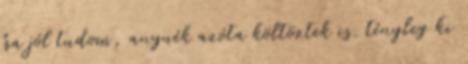
ha jól tudom, anyuék azóta költöztek is. tényleg ki